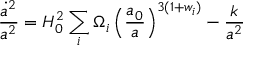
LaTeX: \frac { \dot { a } ^ { 2 } } { a ^ { 2 } } = H _ { 0 } ^ { 2 } \sum _ { i } \Omega _ { i } \left( \frac { a _ { 0 } } { a } \right) ^ { 3 ( 1 + w _ { i } ) } - \frac { k } { a ^ { 2 } }